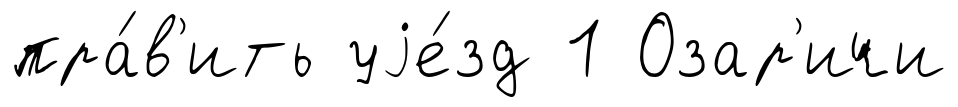
пра́в'ить уjе́зд 1 Озар'ичи